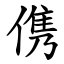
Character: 㑺